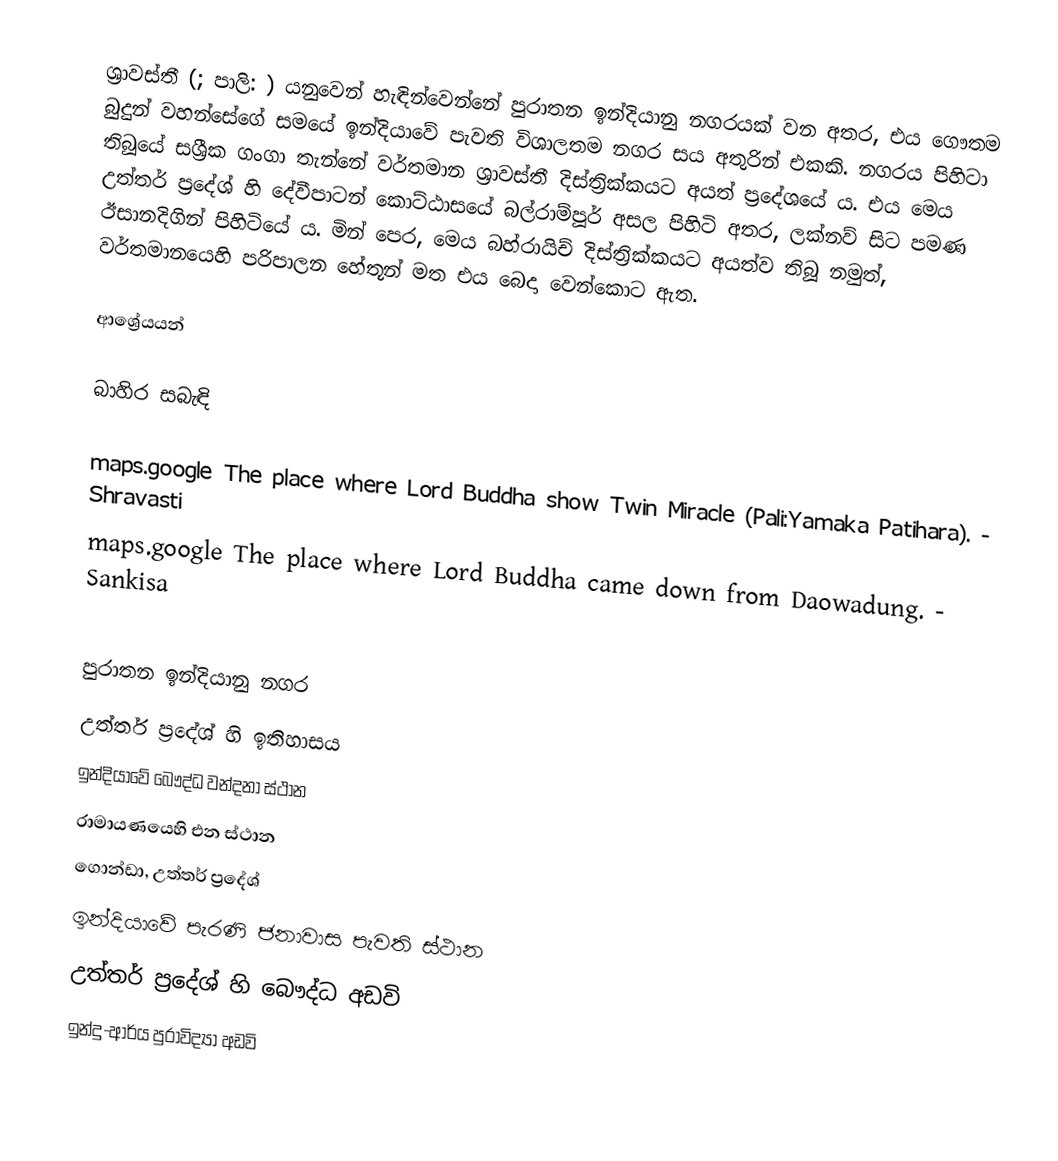
ශ්‍රාවස්තී (; පාලි: ) යනුවෙන් හැඳින්වෙන්නේ පුරාතන ඉන්දියානු නගරයක් වන අතර, එය ගෞතම බුදුන් වහන්සේගේ සමයේ ඉන්දියාවේ පැවති විශාලතම නගර සය අතුරින් එකකි. නගරය පිහිටා තිබූයේ සශ්‍රීක ගංගා තැන්නේ වර්තමාන ශ්‍රාවස්තී දිස්ත්‍රික්කයට අයත් ප්‍රදේශයේ ය. එය  මෙය උත්තර් ප්‍රදේශ් හි දේවීපාටන් කොට්ඨාසයේ බල්රාම්පූර් අසල පිහිටි අතර, ලක්නව් සිට  පමණ ඊසානදිගින් පිහිටියේ ය. මින් පෙර, මෙය බහ්රායිච් දිස්ත්‍රික්කයට අයත්ව තිබූ නමුත්, වර්තමානයෙහි පරිපාලන හේතූන් මත එය බෙදා වෙන්කොට ඇත.

ආශ්‍රේයයන්

බාහිර සබැඳි

 maps.google The place where Lord Buddha show Twin Miracle (Pali:Yamaka Patihara). - Shravasti
 maps.google The place where Lord Buddha came down from Daowadung. - Sankisa

පුරාතන ඉන්දියානු නගර
උත්තර් ප්‍රදේශ් හි ඉතිහාසය
ඉන්දියාවේ බෞද්ධ වන්දනා ස්ථාන
රාමායණයෙහි එන ස්ථාන
ගොන්ඩා, උත්තර් ප්‍රදේශ්
ඉන්දියාවේ පැරණි ජනාවාස පැවති ස්ථාන
උත්තර් ප්‍රදේශ් හි බෞද්ධ අඩවි
ඉන්දු-ආර්ය පුරාවිද්‍යා අඩවි